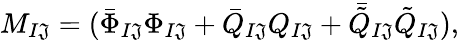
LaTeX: M_{I\mathfrak{J}}=(\bar{{\Phi}}_{I\mathfrak{J}}\Phi_{I\mathfrak{J}}+\bar{{Q}}_{I\mathfrak{J}}Q_{I\mathfrak{J}}+\bar{{\tilde{{Q}}}}_{I\mathfrak{J}}\tilde{{Q}}_{I\mathfrak{J}}),